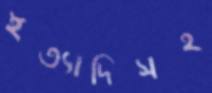
ইত্যাদিসহ